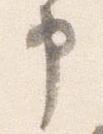
申